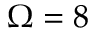
\Omega = 8